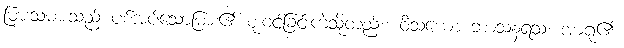
မြားသမားသည် ပစ်အပ်သောမြား၏ စူးဝင်ခြင်းကဲ့သို့တည်း။ ဝိသယော ဘာသနရသံ၊ အာရုံ၏